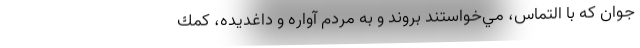
جوان كه با التماس، مي‌خواستند بروند و به مردم آواره و داغديده، كمك